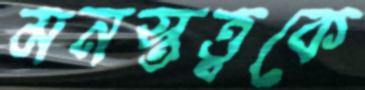
মনস্তত্ত্বকে